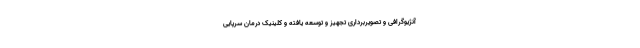
آنژیوگرافی و تصویربرداری تجهیز و توسعه یافته و کلینیک درمان سرپایی